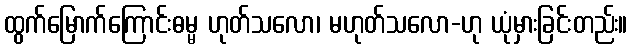
ထွက်မြောက်ကြောင်းဓမ္မ ဟုတ်သလော၊ မဟုတ်သလော-ဟု ယုံမှားခြင်းတည်း။